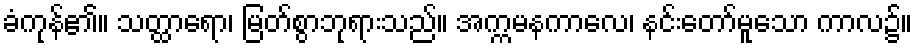
ခံကုန်၏။ သတ္ထာရော၊ မြတ်စွာဘုရားသည်။ အက္ကမနကာလေ၊ နင်းတော်မူသော ကာလ၌။